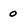
Character: 0